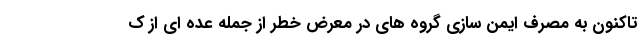
تاکنون به مصرف ایمن سازی گروه های در معرض خطر از جمله عده ای از ک